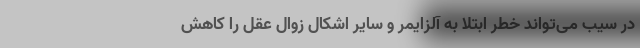
در سیب می‌تواند خطر ابتلا به آلزایمر و سایر اشکال زوال عقل را کاهش